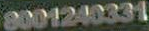
8001240331